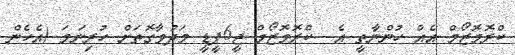
ކްރޮމޮޒޯމް އެއް ހުންނާތީ އެ  ކްރޮމޮޒޯމް ޖީ6ޕީޑީ މަދުވާގޮތަށް ހުރިނަމަ (އެހެން